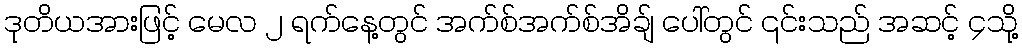
ဒုတိယအားဖြင့် မေလ ၂ ရက်နေ့တွင် အက်စ်အက်စ်အိချ် ပေါ်တွင် ၎င်းသည် အဆင့် ၄သို့